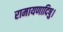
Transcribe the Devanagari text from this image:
रामायणादिषु।